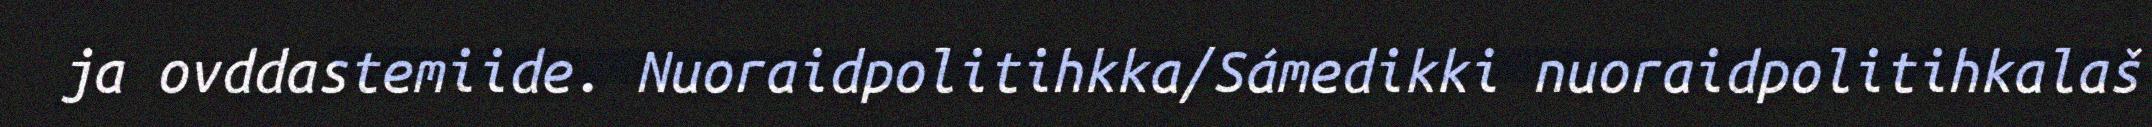
ja ovddastemiide. Nuoraidpolitihkka/Sámedikki nuoraidpolitihkalaš